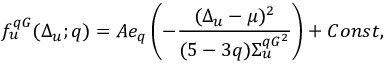
f _ { u } ^ { q G } ( \Delta _ { u } ; q ) = A e _ { q } \left( - \frac { ( \Delta _ { u } - \mu ) ^ { 2 } } { ( 5 - 3 q ) \Sigma _ { u } ^ { q G ^ { 2 } } } \right) + C o n s t ,